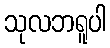
သုလဘရူပါ